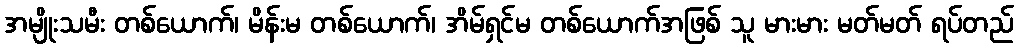
အမျိုးသမီး တစ်ယောက်၊ မိန်းမ တစ်ယောက်၊ အိမ်ရှင်မ တစ်ယောက်အဖြစ် သူ မားမား မတ်မတ် ရပ်တည်